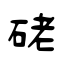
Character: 硓